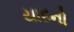
યાદનો